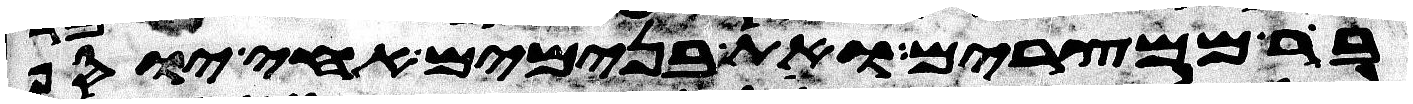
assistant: בר ממצרים ואת בנימים אחי יוסף